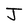
Character: J